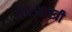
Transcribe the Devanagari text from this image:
छंदःशास्त्री